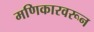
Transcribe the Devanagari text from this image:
मणिकारवरून